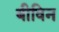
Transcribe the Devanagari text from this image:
बीविन